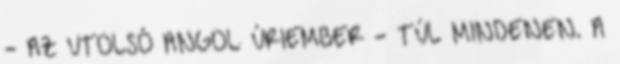
- AZ UTOLSÓ ANGOL ÚRIEMBER - TÚL MINDENEN. A